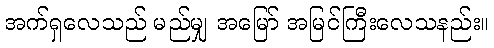
အက်ရှလေသည် မည်မျှ အမြော် အမြင်ကြီးလေသနည်း။